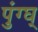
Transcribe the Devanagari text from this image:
पुंग्घ्